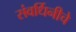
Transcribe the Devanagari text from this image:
संवर्धिनीचे